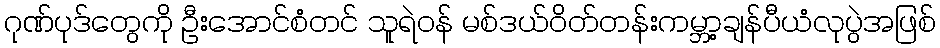
ဂုဏ်ပုဒ်တွေကို ဦးအောင်စံတင် သူရဲဝန် မစ်ဒယ်ဝိတ်တန်းကမ္ဘာ့ချန်ပီယံလုပွဲအဖြစ်